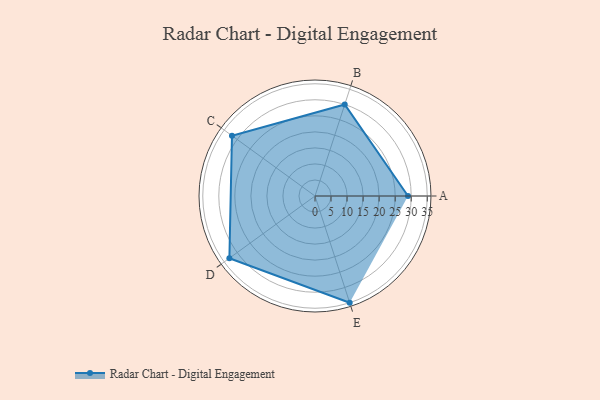
{"axis": {"x": "Skill", "y": "Score"}, "legend": ["Profile"], "data": [{"x": "A", "y": 29.0, "type": "Profile"}, {"x": "B", "y": 30.0, "type": "Profile"}, {"x": "C", "y": 32.0, "type": "Profile"}, {"x": "D", "y": 33.0, "type": "Profile"}, {"x": "E", "y": 35.0, "type": "Profile"}]}